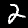
Digit: 2